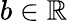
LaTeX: b\in\mathbb{R}